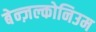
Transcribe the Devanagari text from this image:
बेन्ज़ल्कोनिउम